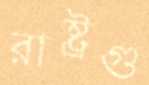
রাষ্ট্রগু